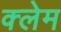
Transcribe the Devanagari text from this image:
क्‍लेम